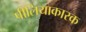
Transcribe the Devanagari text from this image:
पीलियाकारक